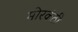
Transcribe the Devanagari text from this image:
मोरकंठी